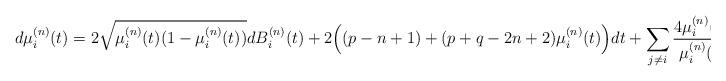
LaTeX: \begin{align*}d\mu^{(n)}_i(t) = 2 \sqrt{\mu^{(n)}_i(t) (1 - \mu^{(n)}_i(t))} dB^{(n)}_i(t) + 2 \Big((p - n + 1) + (p + q - 2 n + 2) \mu^{(n)}_i(t)\Big) dt + \sum_{j \neq i} \frac{4 \mu^{(n)}_i(1 - \mu^{(n)}_i(t))}{\mu^{(n)}_i(t) - \mu^{(n)}_j(t)} dt\end{align*}